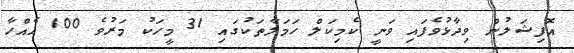
އޮފިޝަލުން ވިދާޅުވެފައި ވަނީ ކެމިކަލް ހަމަލާތަކުގައި 31 މީހަކު މަރުވެ 100 އެއްހާ